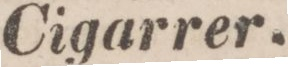
Cigarrer.